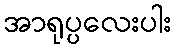
အာရုပ္ပလေးပါး